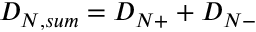
D _ { N , s u m } = D _ { N + } + D _ { N - }